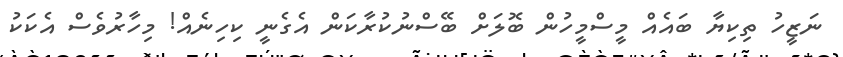
ނަޒީހު ތިކިޔާ ބައެއް މީސްމީހުން ބޮލަށް ބޭސްނުކުރާކަން އެގެނީ ކިހިނެއް! މިހާރުވެސް އެކަކު